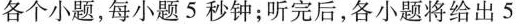
各个小题,每小题 5 秒钟;听完后,各小题将给出 5